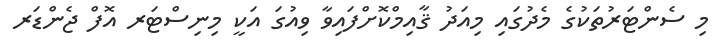
މި ސެންޓަރުތަކުގެ މެދުގައި މިއަދު ޤާއިމްކޮށްފައިވާ ވިއުގަ އަކީ މިނިސްޓަރ އޮފް ޖެންޑަރ